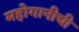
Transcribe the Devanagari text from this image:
महोगानीची